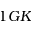
1 G K